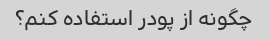
چگونه از پودر استفاده کنم؟